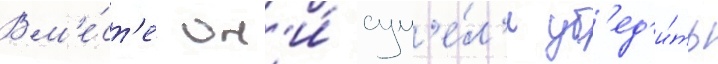
Вм'е́ст'е он'и́ сум'е́л'и уб'ед'и́ть